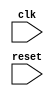
module timing_control_and_synchronization (
    input wire clk,
    input wire reset,
    // other inputs and outputs
);

reg [7:0] counter; // counter for timing each bit transfer

always @(posedge clk or posedge reset) begin
    if (reset) begin
        counter <= 8'b0;
    end else begin
        if (counter == 8'b111) begin
            counter <= 8'b0;
        end else begin
            counter <= counter + 1;
        end
    end
end

// other logic for clock generation and data transfer synchronization

endmodule